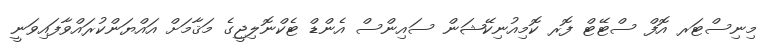
މިނިސްޓަރ އޮފް ސްޓޭޓް ފޮރ ކޮމިއުނިކޭޝަން ސައިންސް އެންޑް ޓެކްނޮލިޖީގެ މަޤާމަށް އައްޔަންކުރައްވާފައިވަނީ